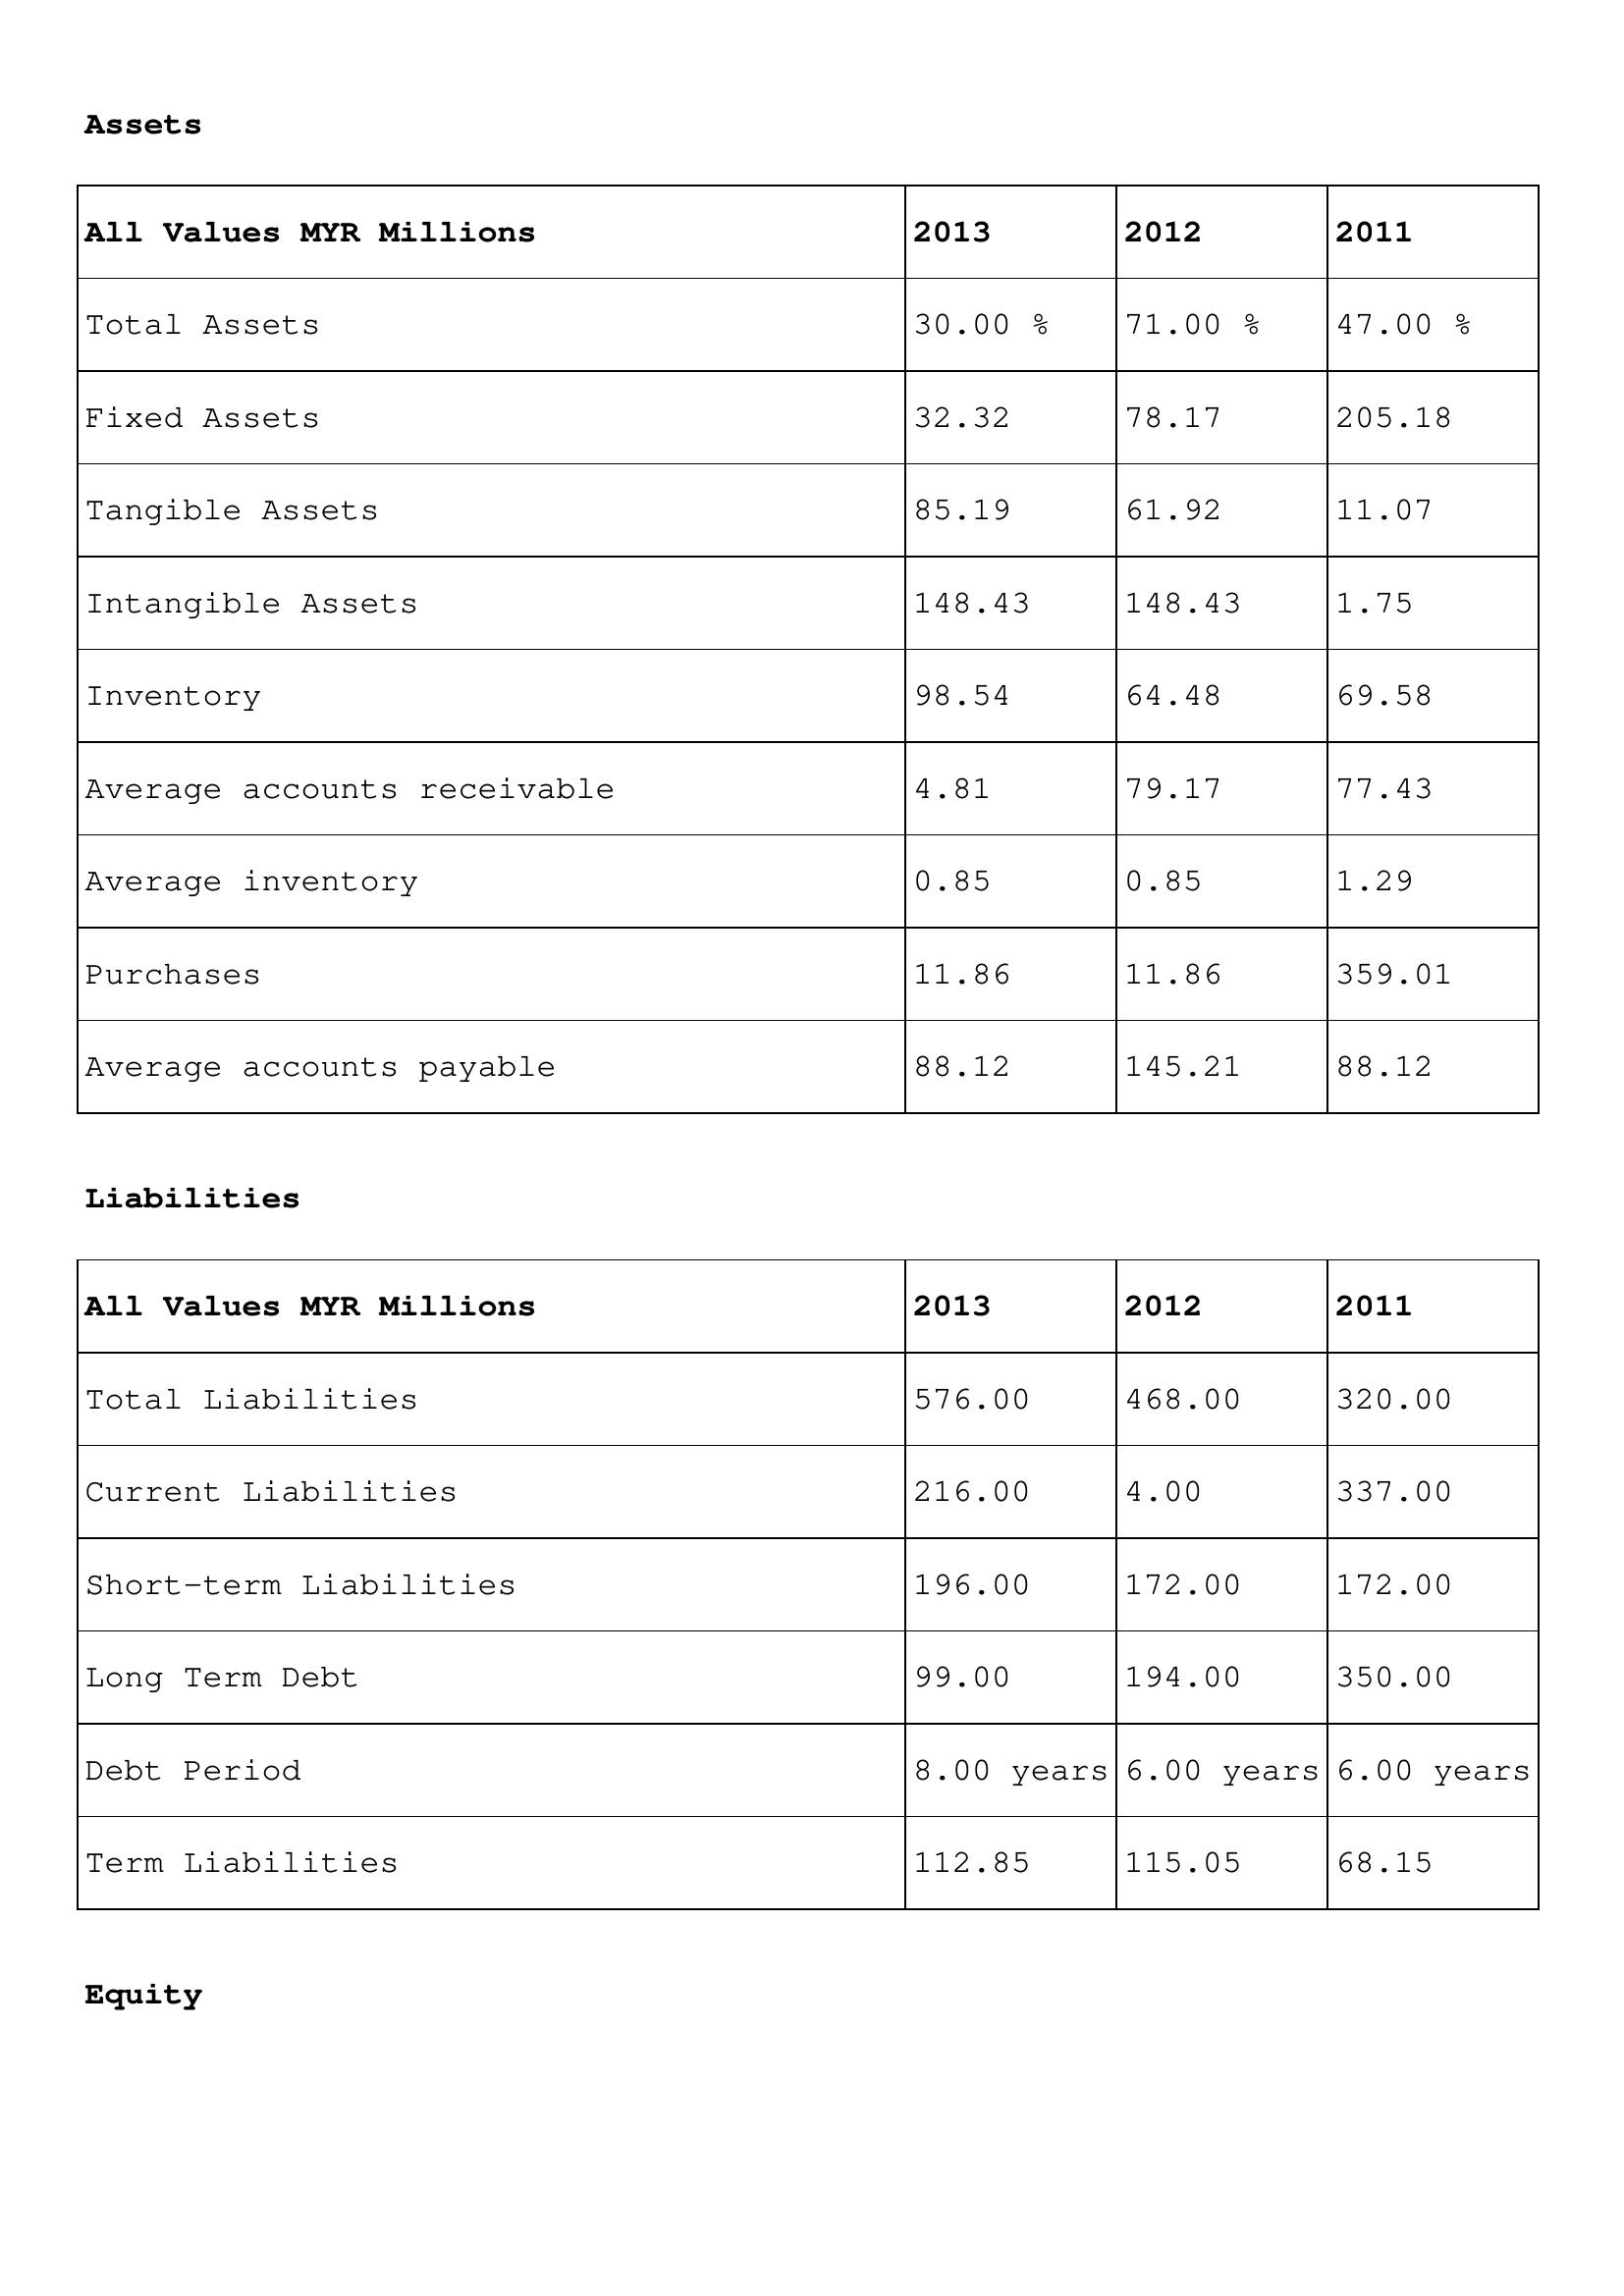
gt_parse: 2013: Assets: Total Assets: 30.00 %
Fixed Assets: 32.32
Tangible Assets: 85.19
Intangible Assets: 148.43
Inventory: 98.54
Average accounts receivable: 4.81
Average inventory: 0.85
Purchases: 11.86
Average accounts payable: 88.12
Liabilities: Total Liabilities: 576.00
Current Liabilities: 216.00
Short-term Liabilities: 196.00
Long Term Debt: 99.00
Debt Period: 8.00 years
Term Liabilities: 112.85
Equity: Common Stock: 51.37
Treasury Stock: 34.05
Other Comprehensive Income: 6.82
Total Equity: 50.00 %
Issued Capital: 317.00
Paid-up Capital: 11.09
Additional Paid-In Capital: 3.06
General Reserves: 136.69
Credit Balance: 19.24
Retained Earnings: 490.31
2012: Assets: Total Assets: 71.00 %
Fixed Assets: 78.17
Tangible Assets: 61.92
Intangible Assets: 148.43
Inventory: 64.48
Average accounts receivable: 79.17
Average inventory: 0.85
Purchases: 11.86
Average accounts payable: 145.21
Liabilities: Total Liabilities: 468.00
Current Liabilities: 4.00
Short-term Liabilities: 172.00
Long Term Debt: 194.00
Debt Period: 6.00 years
Term Liabilities: 115.05
Equity: Common Stock: 188.44
Treasury Stock: 2.60
Other Comprehensive Income: 93.23
Total Equity: 6.00 %
Issued Capital: 156.00
Paid-up Capital: 11.09
Additional Paid-In Capital: 3.17
General Reserves: 136.69
Credit Balance: 26.26
Retained Earnings: 67.70
2011: Assets: Total Assets: 47.00 %
Fixed Assets: 205.18
Tangible Assets: 11.07
Intangible Assets: 1.75
Inventory: 69.58
Average accounts receivable: 77.43
Average inventory: 1.29
Purchases: 359.01
Average accounts payable: 88.12
Liabilities: Total Liabilities: 320.00
Current Liabilities: 337.00
Short-term Liabilities: 172.00
Long Term Debt: 350.00
Debt Period: 6.00 years
Term Liabilities: 68.15
Equity: Common Stock: 264.40
Treasury Stock: 2.60
Other Comprehensive Income: 74.64
Total Equity: 65.00 %
Issued Capital: 226.00
Paid-up Capital: 87.50
Additional Paid-In Capital: 3.06
General Reserves: 14.85
Credit Balance: 35.07
Retained Earnings: 490.31